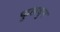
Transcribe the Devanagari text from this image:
फुलवुन